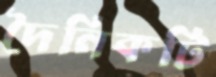
দৈনিকটি